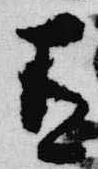
有